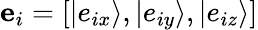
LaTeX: {{\mathbf{e}}_{i}}=[\left|{{e_{ix}}}\right\rangle,\left|{{e_{iy}}}\right\rangle,\left|{{e_{iz}}}\right\rangle]